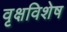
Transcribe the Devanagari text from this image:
वृक्षविशेष